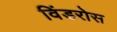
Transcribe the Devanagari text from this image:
विंडरोस